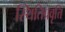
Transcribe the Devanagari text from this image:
स्थितिप्रवृत्ति